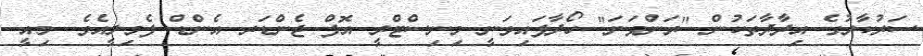
ސަރުކާރުގެ އިދާދާތަކުން "ރަންވަނަ" ހޯދާފައިވަނީ މިނިސްޓްރީ އޮފް ޖެންޑަރ އެންޑް ފެމިލީއެވެ. މިއީ